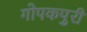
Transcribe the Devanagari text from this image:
गोपकपुरी